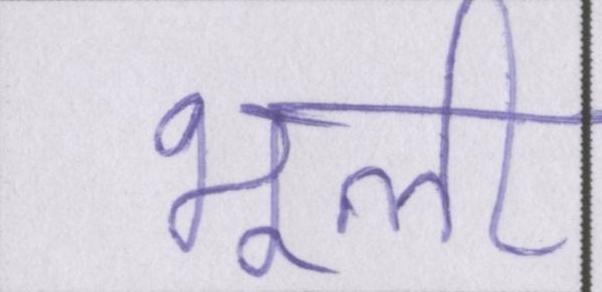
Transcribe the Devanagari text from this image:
भूली